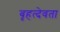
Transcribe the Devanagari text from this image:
बृहत्देवता